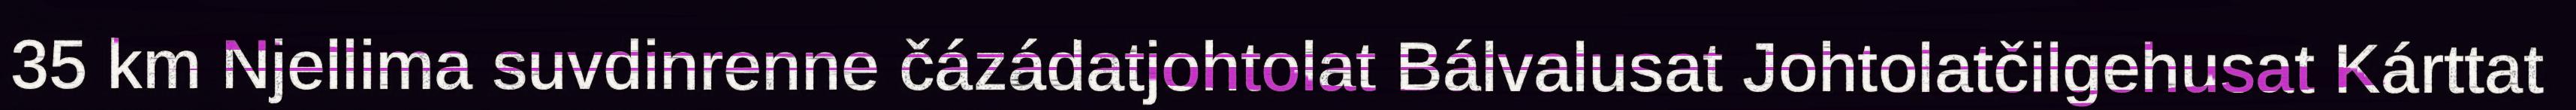
35 km Njellima suvdinrenne čázádatjohtolat Bálvalusat Johtolatčilgehusat Kárttat